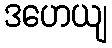
ဒဟေယျ